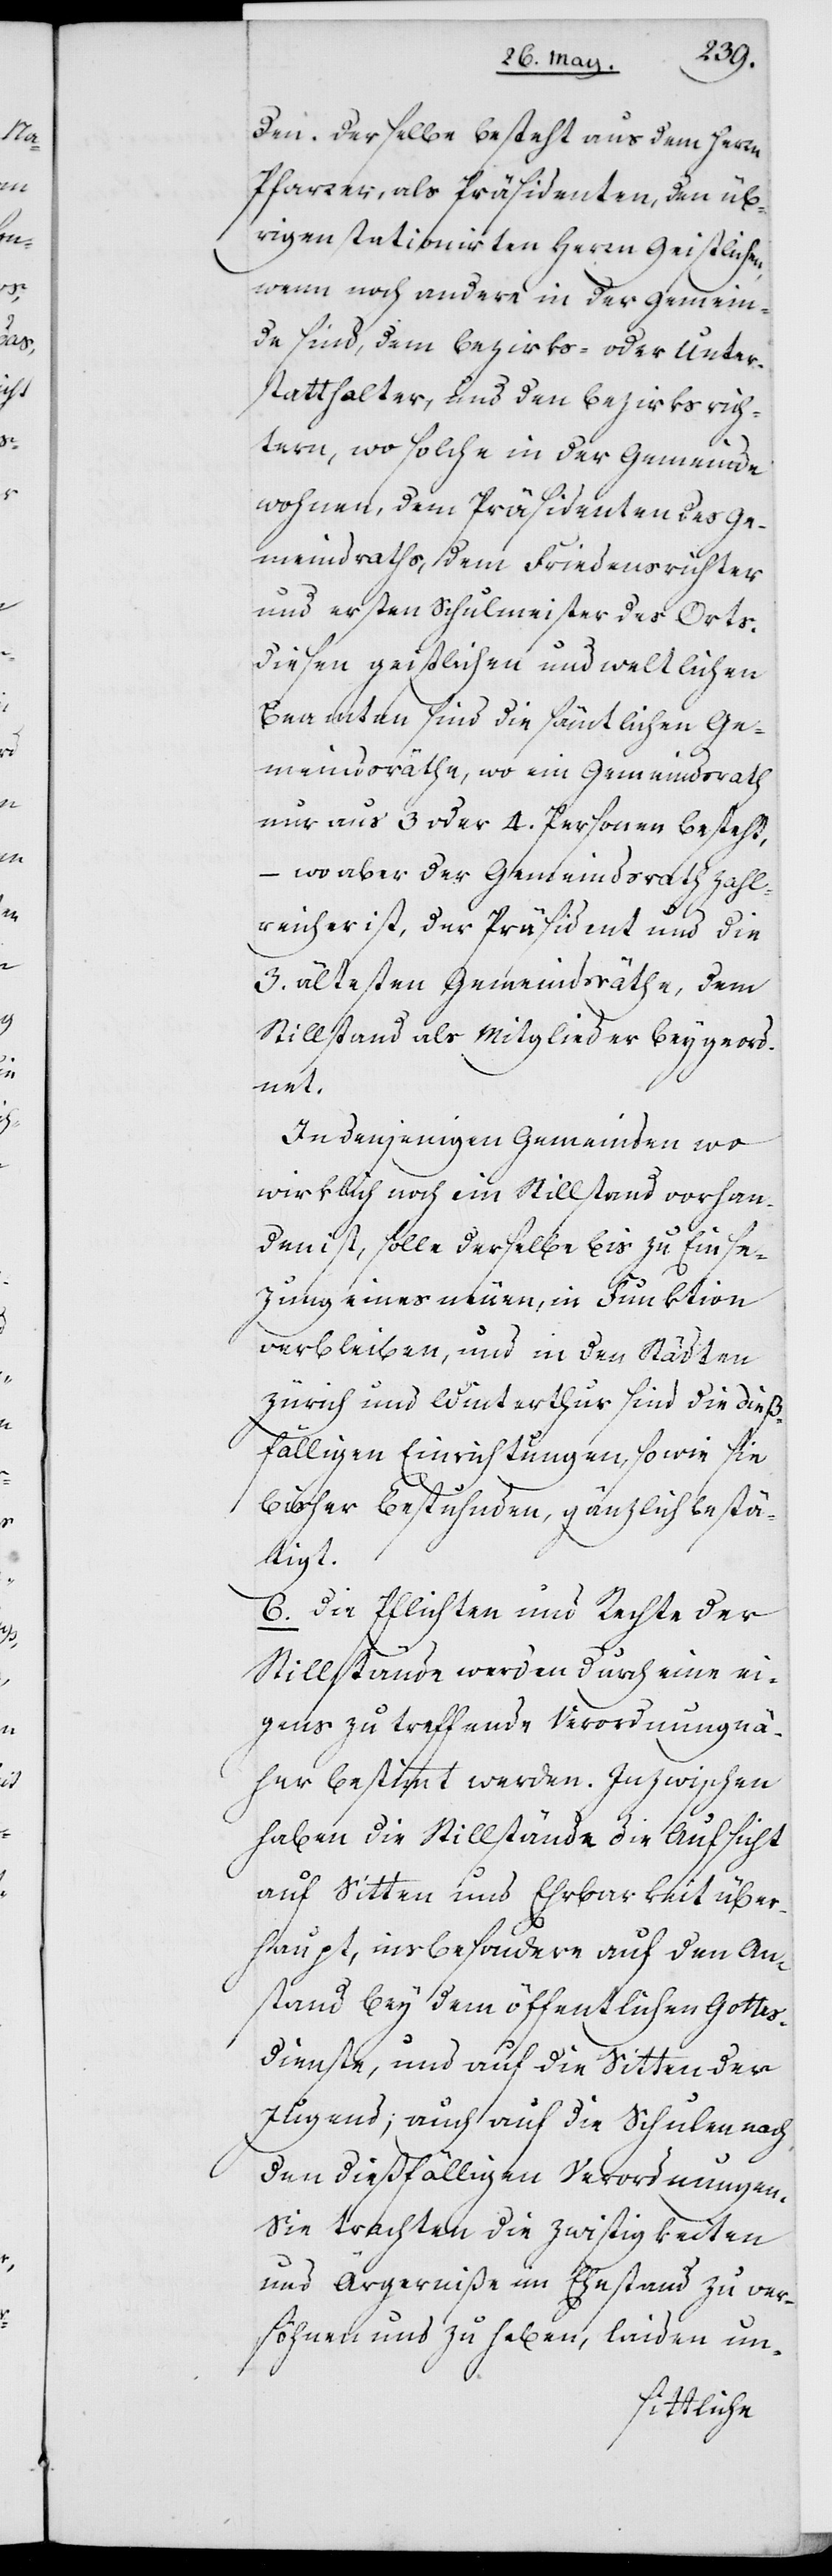
den. Derselbe besteht aus dem Herrn
Pfarrer, als Präsidenten, den üb¬
rigen stationirten Herrn Geistlichen,
wenn noch andere in der Gemein¬
de sind, dem Bezirks- oder Unter¬
statthalter, und den Bezirksrich¬
tern, wo solche in der Gemeinde
wohnen, dem Präsidenten des Ge¬
meindsraths, dem Friedensrichter
und ersten Schulmeister des Orts.
Diesen geistlichen und weltlichen
Beamten sind die sämtlichen Ge¬
meindsräthe, wo ein Gemeindsrath
nur aus 3 oder 4. Personen besteht,
– wo aber der Gemeindsrath zahl¬
reicher ist, der Präsident und die
3. ältesten Gemeindsräthe, dem
Stillstand als Mitglieder beygeord¬
net.
In denjenigen Gemeinden wo
wirklich noch ein Stillstand vorhan¬
den ist, solle derselbe bis zur Einse¬
zung eines neuen, in Funktion
verbleiben, und in den Städten
Zürich und Winterthur sind die dieß¬
fälligen Einrichtungen, sowie sie
bisher bestuhnden, gänzlich bestä¬
tigt.
6. Die Pflichten und Rechte der
Stillstände werden durch eine ei¬
gens zu treffende Verordnung nä¬
her bestimmt werden. Inzwischen
haben die Stillstände die Aufsicht
auf Sitten und Ehrbarkeit über¬
haupt, insbesondere auf den An¬
stand bey dem öffentlichen Gottes¬
dienste, und auf die Sitten der
Jugend, auch auf die Schulen nach
den dießfälligen Verordnungen.
Sie trachten die Zwistigkeiten
und Ärgerniße im Ehestand zu ver¬
söhnen und zu heben, laiden un-